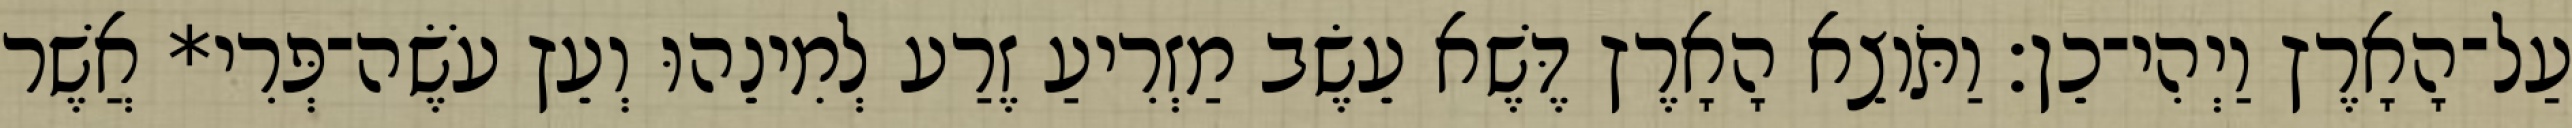
עַל־הָאָרֶץ וַיְהִי־כֵן׃ וַתֹּוצֵא הָאָרֶץ דֶּשֶׁא עֵשֶׂב מַזְרִיעַ זֶרַע לְמִינֵהוּ וְעֵץ עֹשֶׂה־פְּרִי* אֲשֶׁר